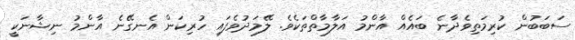
ސަބަބުން ކުރިމަތިވެދާނެ ބައެއް އާންމު އަލާމާތްތަކެވެ. ލޭމަދުވެފައި ހުރިކަން އެނގޭނެ އާންމު ނިޝާނަކީ